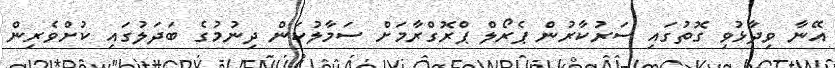
އޭނާ ވިދާޅުވި ގޮތުގައި ސަރުކާރުން ޕެރޯލް ޕްރޮގްރާމަށް ސަމާލުކަން ދިނުމުގެ ބަދަލުގައި ކުށްވެރިން